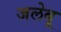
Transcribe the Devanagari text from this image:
जलेबू